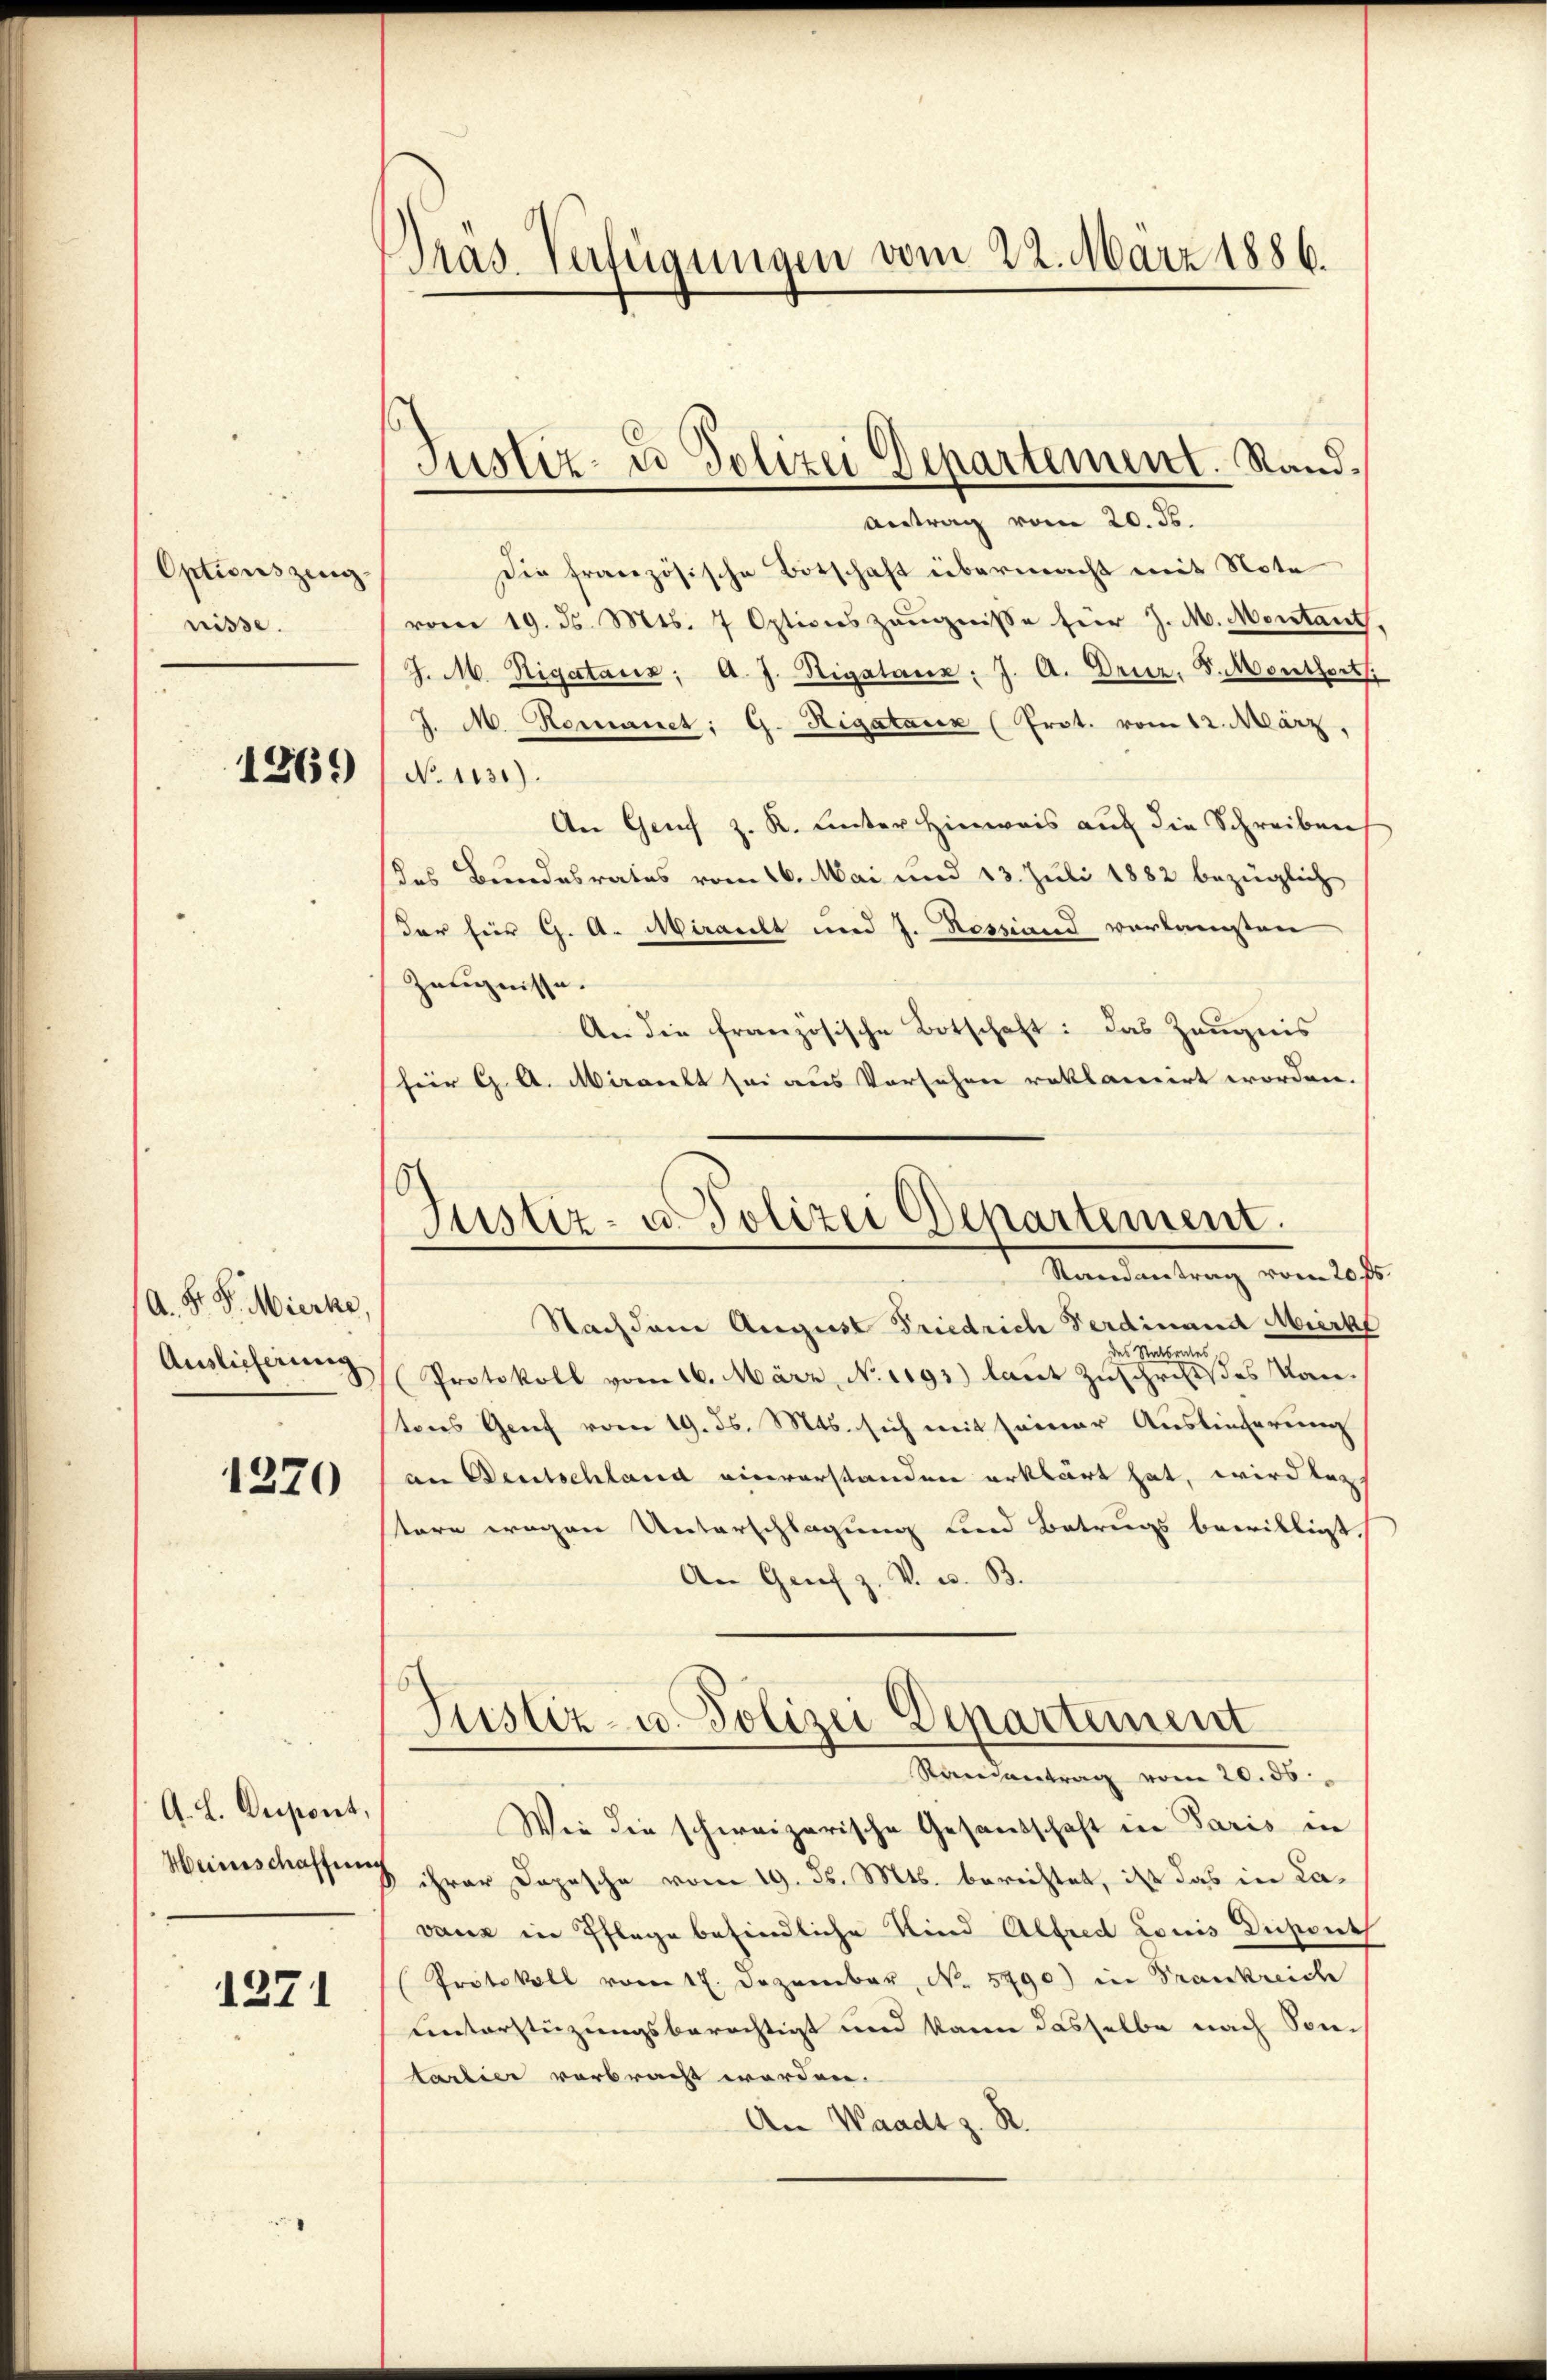
Optionszing.
nisse.

1869

A. F. P. Mierke
Auslieferung

1270

G. L. Despont,
Heinschaffung

1371

Präs. Verfügungen vom 22. März 1886.

Antrag vom 20. ds.
Die französische Botschaft übermacht mit Note
vom 19. ds. Mts. 7 Optionszeugnisse für J. M. Montant
J. M. Rigatanz, A. J. Rigatone: J. A. Druz, S. Monthort
J. M. Romanet: G. Higataux (Prot. vom 12. März,
No 1131).
An Genf z. R. hinter Hinweis auf die Schreiben
Das Bundesrates vom 16. Mai und 13. Juli 1882 bezüglich
der für G. A. Miralt und J. Nessiand vorkamsten
Zeugnisse.
An die französische Botschaft: Das Zeugnis
(für G. A. Miralt sei aus Vorsehen reklamirt worden.

Justiz- u Polizei Departement. Sand¬

61
Justiz- u. Polizei Departement.
Randantrag vom 20. fs.

Nachdem August Friedrich Ferdinand Mierke
des Statsrates
(Protokoll vom 16. März, N. 1193) laut Zuschrift des Kantons Genf vom 19. ds. Mts. sich mit seiner Auslieferung
an Deutschland einverstanden erklärt hat, wird bei
stere wegen Unterschlagung und Betrugs bewilligt.
An Genf z. V. u. B.
Randantrag vom 20. ds.
Wie die schweizerische Gesandschaft in Paris in
ihrer Dopische vom 19. ds. Mts. berichtet, ist das in Cavanz in Pflege befindliche Kind Alfred Louis Dichenth
Protokoll vom 17. Dezember N. 5790) in Frankreich
Lnterstüzungsberechtigt und kam dasselbe nach Sontarlier verbracht worden.
An Waadt z. R.

Justiz- u. Polizei Departement